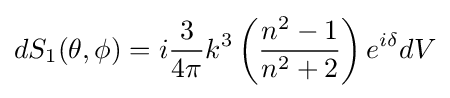
dS_{1}(\theta ,\phi )=i{\frac {3}{4\pi }}k^{3}\left({\frac {n^{2}-1}{n^{2}+2}}\right)e^{i\delta }dV